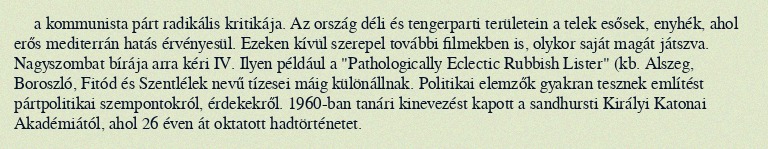
a kommunista párt radikális kritikája. Az ország déli és tengerparti területein a telek esősek, enyhék, ahol erős mediterrán hatás érvényesül. Ezeken kívül szerepel további filmekben is, olykor saját magát játszva. Nagyszombat bírája arra kéri IV. Ilyen például a "Pathologically Eclectic Rubbish Lister" (kb. Alszeg, Boroszló, Fitód és Szentlélek nevű tízesei máig különállnak. Politikai elemzők gyakran tesznek említést pártpolitikai szempontokról, érdekekről. 1960-ban tanári kinevezést kapott a sandhursti Királyi Katonai Akadémiától, ahol 26 éven át oktatott hadtörténetet.